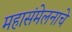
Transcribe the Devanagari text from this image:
महासंमेलनाचे